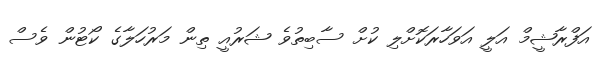
އަފްރާޝީމް އަލީ އަވަހާރަކޮށްލި ކުށް ސާބިތުވެ ޝަރުއީ ތިން މަރުހަލާގެ ކޯޓުން ވެސް